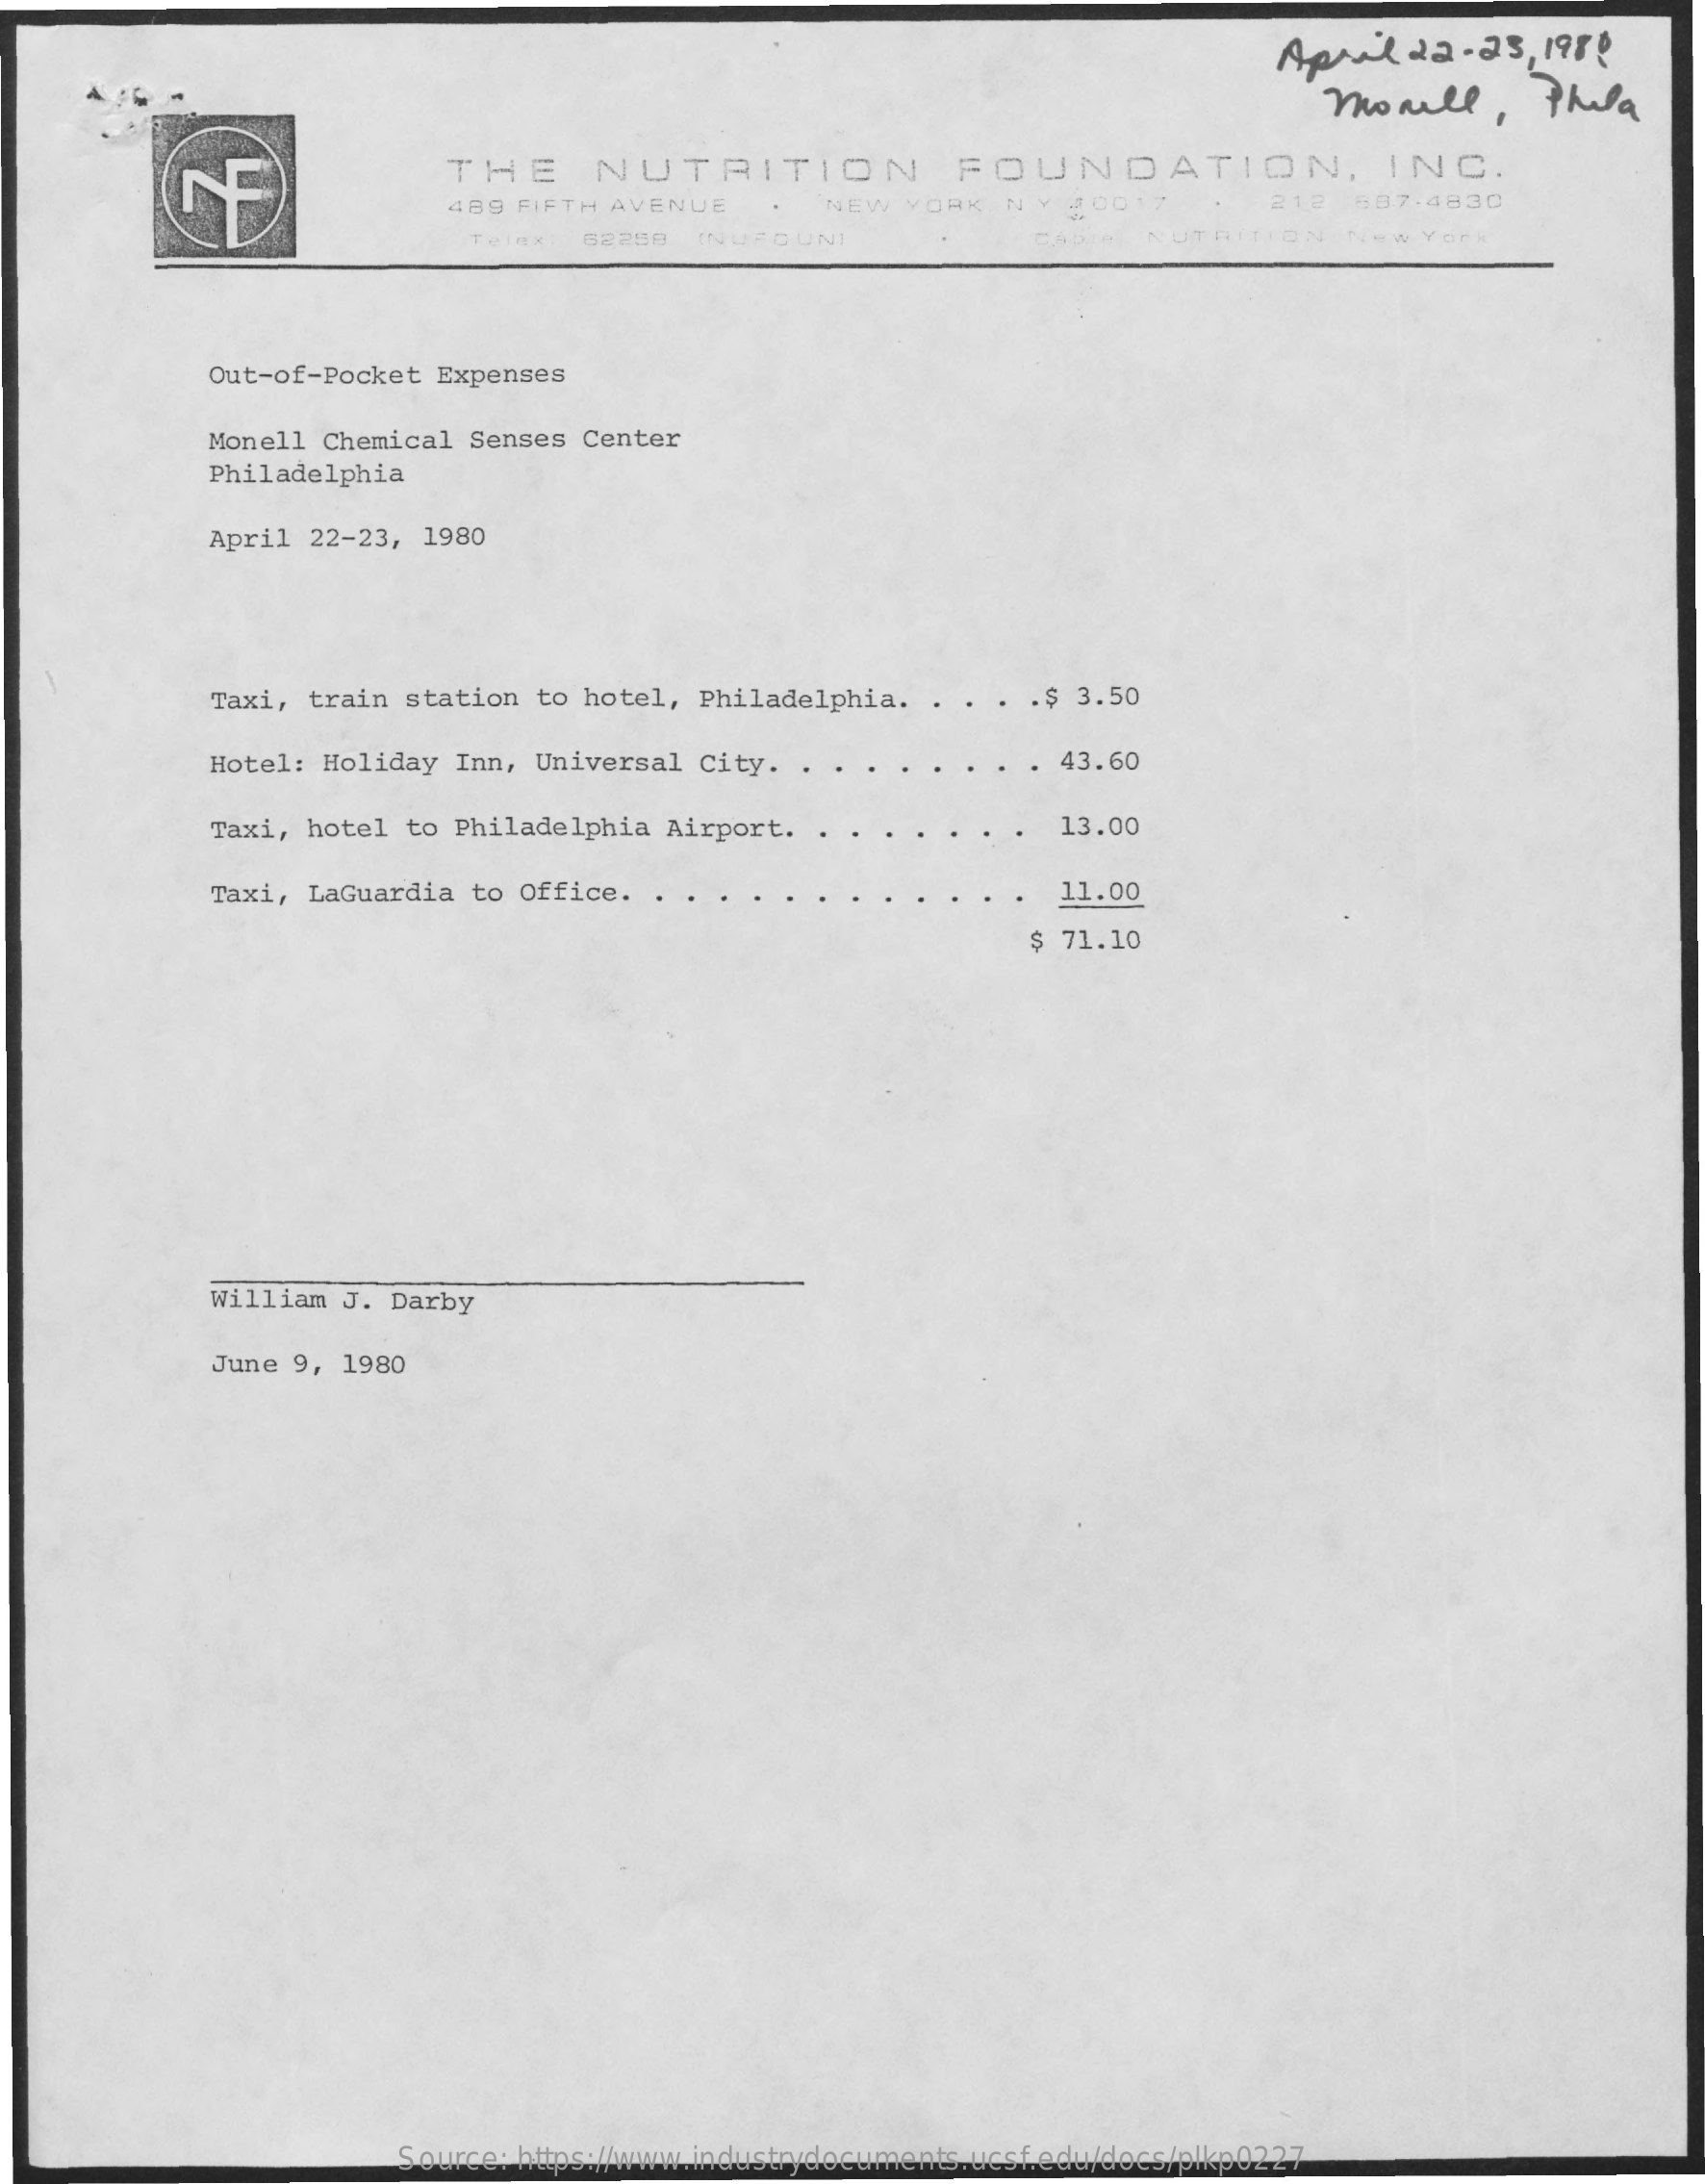
April    22- 25, 198!
     momle,    Thela
     THE    NUTRITION    FOUNDATION,    INC.
     489 FIFTH AVENUE    NEW  YORK   NY  $0017    212  687.4830
     Telnx  62208   INUFOUNI    NUTRITION    New  York
     Out-of-Pocket Expenses
     Monell Chemical  Senses Center
     Philadelphia
     April 22-23, 1980
     Taxi, train station  to hotel,  Philadelphia.  . . . . $ 3.50
     Hotel: Holiday  Inn, Universal City.    43.60
     Taxi, hotel to  Philadelphia Airport.    13.00
     Taxi, LaGuardia  to Office.  .    11.00
     $ 71.10
     William J. Darby
     June 9, 1980
     Source: https://www.industrydocuments.ucsf.edu/docs/plkp0227